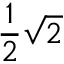
{ \frac { 1 } { 2 } } { \sqrt { 2 } }